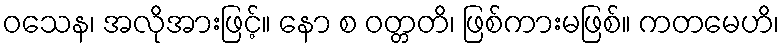
ဝသေန၊ အလိုအားဖြင့်။ နော စ ဝတ္တတိ၊ ဖြစ်ကားမဖြစ်။ ကတမေဟိ၊